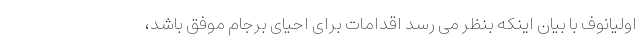
اولیانوف با بیان اینکه بنظر می رسد اقدامات برای احیای برجام موفق باشد،